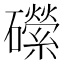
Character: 礯